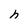
Character: h